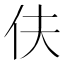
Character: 伕